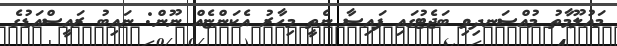
މައުލޫމާތު މުއްސަނދިވި ބަޖެޓުގައި ފައިސާ ނެތީ މިހާރު އެކަންޏެއް ނޫން: ނައިބު ރައީސްއަޑުގެ